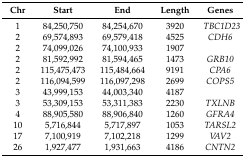
<table><thead><tr><td><b>Chr</b></td><td><b>Start</b></td><td><b>End</b></td><td><b>Length</b></td><td><b>Genes</b></td></tr></thead><tbody><tr><td>1</td><td>84,250,750</td><td>84,254,670</td><td>3920</td><td><i>TBC1D23</i></td></tr><tr><td>2</td><td>69,574,893</td><td>69,579,418</td><td>4525</td><td><i>CDH6</i></td></tr><tr><td>2</td><td>74,099,026</td><td>74,100,933</td><td>1907</td><td>[EMPTY_CELL]</td></tr><tr><td>2</td><td>81,592,992</td><td>81,594,465</td><td>1473</td><td><i>GRB10</i></td></tr><tr><td>2</td><td>115,475,473</td><td>115,484,664</td><td>9191</td><td><i>CPA6</i></td></tr><tr><td>2</td><td>116,094,599</td><td>116,097,298</td><td>2699</td><td><i>COPS5</i></td></tr><tr><td>3</td><td>43,999,153</td><td>44,003,340</td><td>4187</td><td>[EMPTY_CELL]</td></tr><tr><td>3</td><td>53,309,153</td><td>53,311,383</td><td>2230</td><td><i>TXLNB</i></td></tr><tr><td>4</td><td>88,905,580</td><td>88,906,840</td><td>1260</td><td><i>GFRA4</i></td></tr><tr><td>10</td><td>5,716,844</td><td>5,717,897</td><td>1053</td><td><i>TARSL2</i></td></tr><tr><td>17</td><td>7,100,919</td><td>7,102,218</td><td>1299</td><td><i>VAV2</i></td></tr><tr><td>26</td><td>1,927,477</td><td>1,931,663</td><td>4186</td><td><i>CNTN2</i></td></tr></tbody></table>